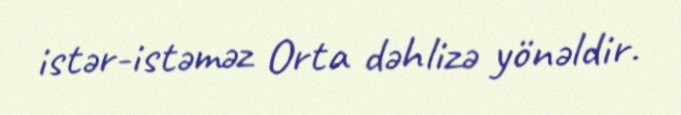
istər-istəməz Orta dəhlizə yönəldir.